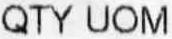
QTY UOM